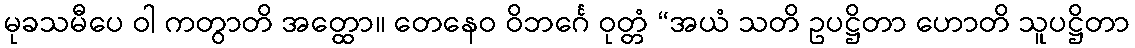
မုခသမီပေ ဝါ ကတွာတိ အတ္ထော။ တေနေဝ ဝိဘင်္ဂေ ဝုတ္တံ “အယံ သတိ ဥပဋ္ဌိတာ ဟောတိ သူပဋ္ဌိတာ